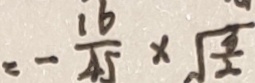
= - \frac { 1 6 } { 4 5 } \times \sqrt { \frac { x } { 2 } }